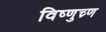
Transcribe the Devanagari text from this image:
विष्णुच्र्ण